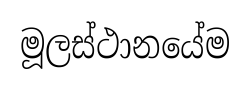
මූලස්ථානයේම